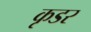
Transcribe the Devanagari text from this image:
कृडर